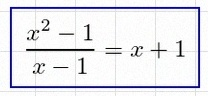
\frac{x^2-1}{x-1}=x+1